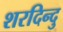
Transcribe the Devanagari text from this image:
शरदिन्दु